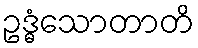
ဥဒ္ဓံသောတာတိ